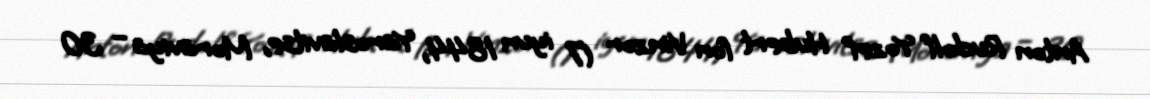
Anton Rudolf Yozef Hubert fon Vinzor (7 iyun 1844, Yaroslavitse, Moraviya – 30